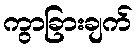
ကွာခြားချက်